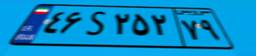
۴۶S۲۵۲۷۹